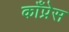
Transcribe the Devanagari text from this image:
काँप्रेस